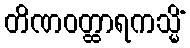
တိဏဝတ္ထာရကသ္မိံ